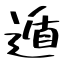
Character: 遁